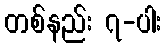
တစ်နည်း ၇-ပါး